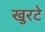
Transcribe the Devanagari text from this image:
खुरटे